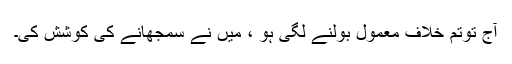
آج توتم خلاف معمول بولنے لگی ہو ، میں نے سمجھانے کی کوشش کی۔